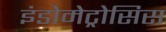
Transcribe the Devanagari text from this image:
इंडोमेट्रोसिस